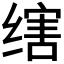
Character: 𬘻